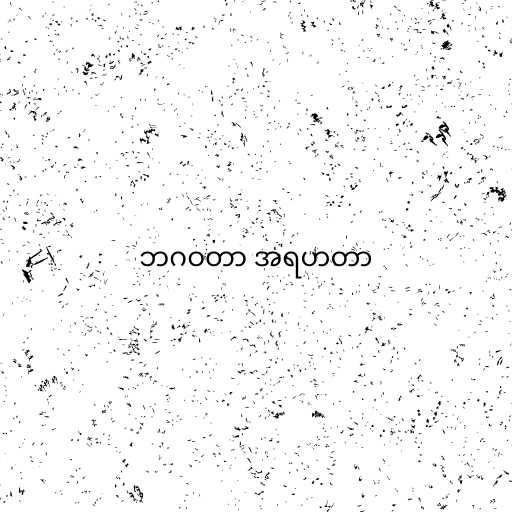
ဘဂဝတာ အရဟတာ